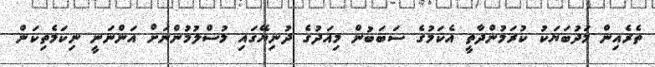
ތެރެއިން މަދުބަޔަކު ކުރަމުންދާތީ އެކަމުގެ ސަބަބުން މިއަދުގެ ދުނިޔޭގައި މުސްލުމުންނަށް އަންނަނީ ނިކަމެތިކަން